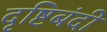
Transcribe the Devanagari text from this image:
दृष्टिबंदी